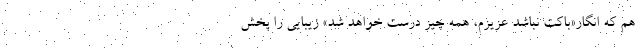
هم که انگار«باکَت نباشد عزیزم، همه چیز درست خواهد شُد» زیبایی را پخش